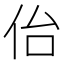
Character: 佁